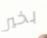
بخير